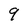
Character: 9